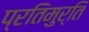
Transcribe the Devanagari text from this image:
प्रतिमुर्ति